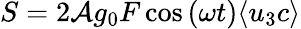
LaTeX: S=2\mathcal{A}g_{0}F\cos{(\omega t)}\langle u_{3}c\rangle